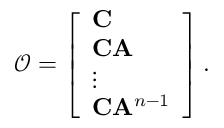
\mathscr { O } = \left[ \begin{array} { l } { \mathbf { C } } \\ { \mathbf { C } \mathbf { A } } \\ { \vdots } \\ { \mathbf { C } \mathbf { A } ^ { n - 1 } } \end{array} \right] .